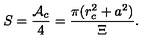
S = \frac { \mathcal { A } _ { c } } 4 = \frac { \pi ( r _ { c } ^ { 2 } + a ^ { 2 } ) } \Xi .